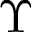
\Upsilon